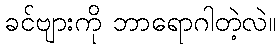
ခင်ဗျားကို ဘာရောဂါတဲ့လဲ။